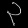
Digit: ၃